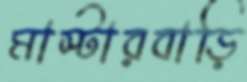
মাস্টারবাড়ি